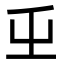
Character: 𭕾